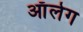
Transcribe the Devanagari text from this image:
आॅलेग